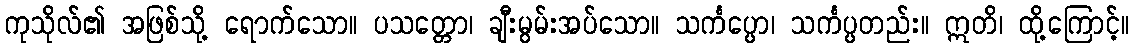
ကုသိုလ်၏ အဖြစ်သို့ ရောက်သော။ ပသတ္တော၊ ချီးမွမ်းအပ်သော။ သင်္ကပ္ပော၊ သင်္ကပ္ပတည်း။ ဣတိ၊ ထို့ကြောင့်။